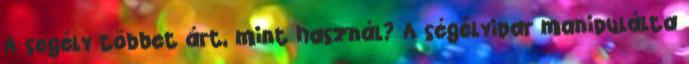
A segély többet árt, mint használ? A ségélyipar manipulálta